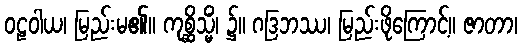
ဝဠဝါယ၊ မြည်းမ၏။ ကုစ္ဆိသ္မိံ၊ ၌။ ဂဒြဘဿ၊ မြည်းဖိုကြောင့်။ ဇာတာ၊